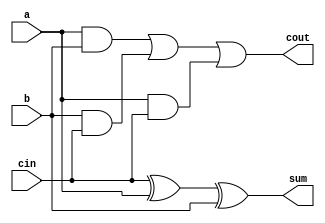
module Full_add(a,b,cin,sum,cout);
  output sum,cout;
  input a,b,cin;
  wire w1,w2,w3;
  xor g1(sum,cin,a,b);
  and g2(w1,a,b);
  and g3(w2,b,cin);
  and g4(w3,a,cin);
  or g5(cout,w1,w2,w3);
endmodule


module incdec_1bit(a0,b0,sum,carry,id);
  output sum,carry;
  input a0,b0,id; //b0 is always going to be 1
  wire cin;
  not g1(cin,id);
  xor g2(bnew,cin,b0);
  Full_add F1(.a(a0),.b(bnew),.cin(cin),.sum(sum),.cout(carry));
endmodule